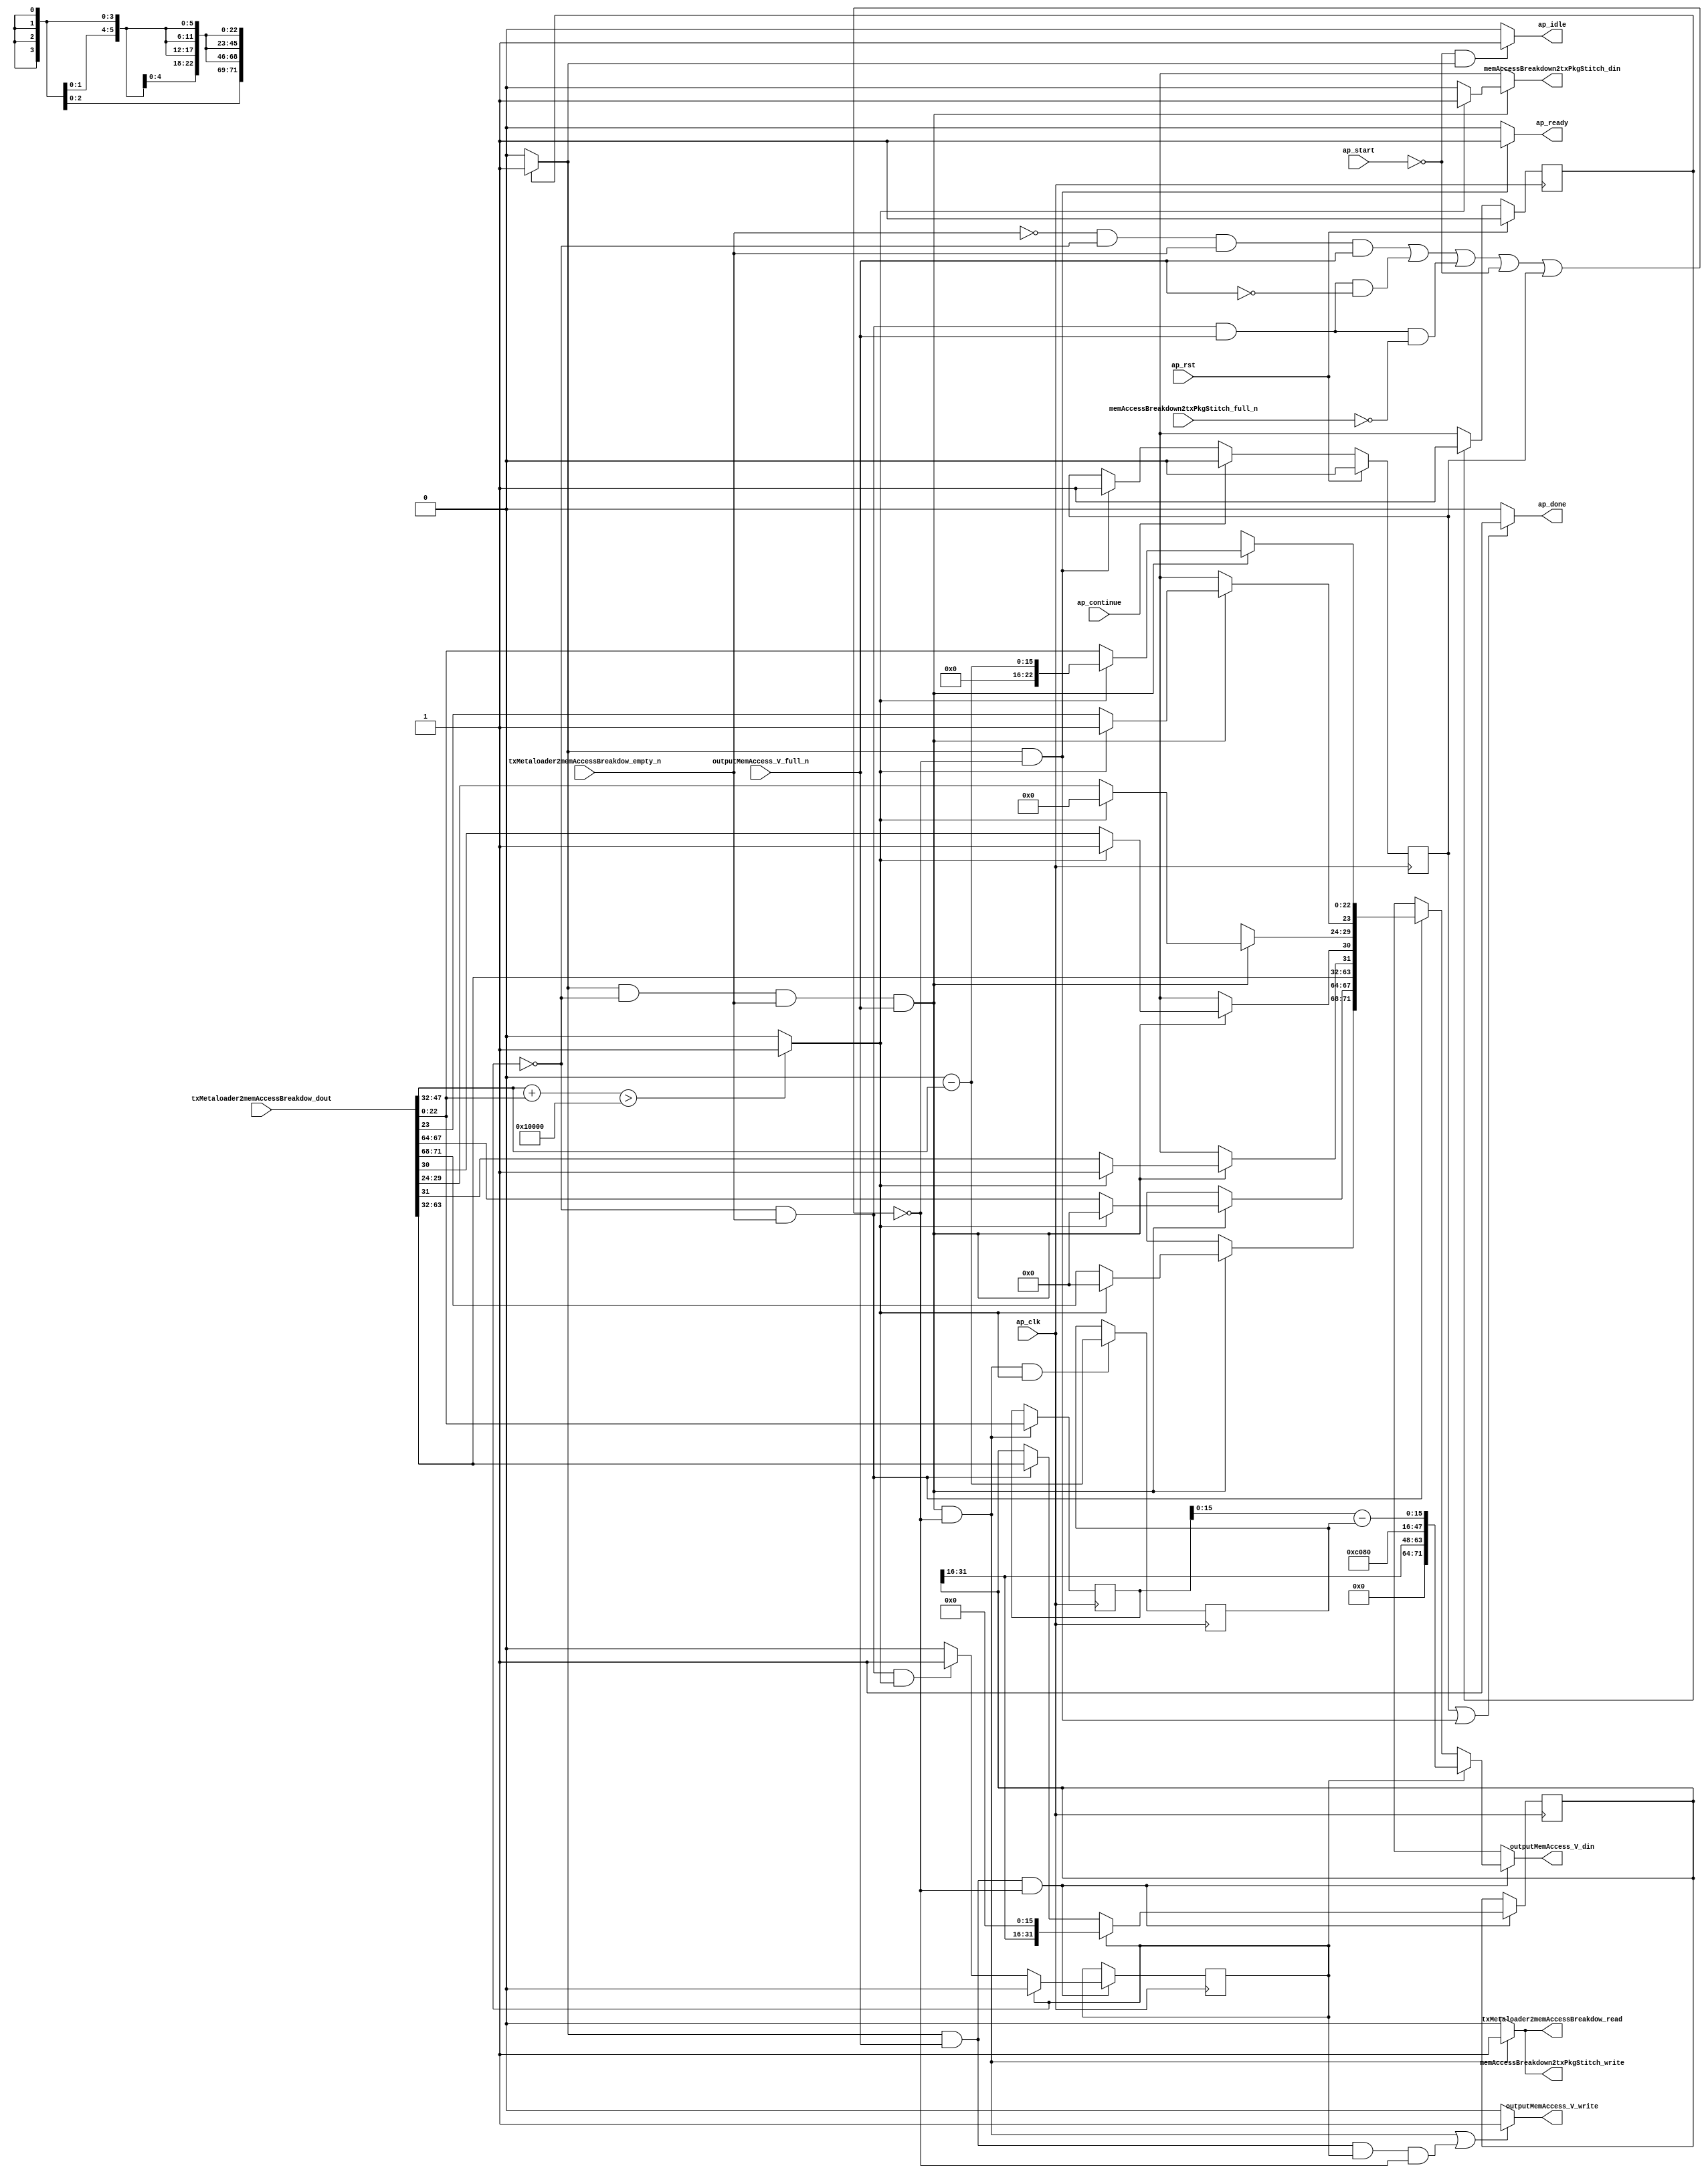
// ==============================================================
// RTL generated by Vivado(TM) HLS - High-Level Synthesis from C, C++ and SystemC
// Version: 2015.1
// Copyright (C) 2015 Xilinx Inc. All rights reserved.
// 
// ===========================================================

`timescale 1 ns / 1 ps 

module toe_txEngMemAccessBreakdown (
        ap_clk,
        ap_rst,
        ap_start,
        ap_done,
        ap_continue,
        ap_idle,
        ap_ready,
        outputMemAccess_V_din,
        outputMemAccess_V_full_n,
        outputMemAccess_V_write,
        txMetaloader2memAccessBreakdow_dout,
        txMetaloader2memAccessBreakdow_empty_n,
        txMetaloader2memAccessBreakdow_read,
        memAccessBreakdown2txPkgStitch_din,
        memAccessBreakdown2txPkgStitch_full_n,
        memAccessBreakdown2txPkgStitch_write
);

parameter    ap_const_logic_1 = 1'b1;
parameter    ap_const_logic_0 = 1'b0;
parameter    ap_ST_st1_fsm_0 = 1'b1;
parameter    ap_const_lv32_0 = 32'b00000000000000000000000000000000;
parameter    ap_const_lv1_1 = 1'b1;
parameter    ap_const_lv1_0 = 1'b0;
parameter    ap_const_lv16_0 = 16'b0000000000000000;
parameter    ap_const_lv4_0 = 4'b0000;
parameter    ap_const_lv6_0 = 6'b000000;
parameter    ap_const_lv32_17 = 32'b10111;
parameter    ap_const_lv32_18 = 32'b11000;
parameter    ap_const_lv32_1D = 32'b11101;
parameter    ap_const_lv32_1E = 32'b11110;
parameter    ap_const_lv32_1F = 32'b11111;
parameter    ap_const_lv32_20 = 32'b100000;
parameter    ap_const_lv32_3F = 32'b111111;
parameter    ap_const_lv32_40 = 32'b1000000;
parameter    ap_const_lv32_43 = 32'b1000011;
parameter    ap_const_lv32_44 = 32'b1000100;
parameter    ap_const_lv32_47 = 32'b1000111;
parameter    ap_const_lv32_2F = 32'b101111;
parameter    ap_const_lv24_10000 = 24'b10000000000000000;
parameter    ap_const_lv16_1 = 16'b1;
parameter    ap_const_lv32_F = 32'b1111;
parameter    ap_const_lv8_0 = 8'b00000000;
parameter    ap_const_lv9_181 = 9'b110000001;
parameter    ap_true = 1'b1;

input   ap_clk;
input   ap_rst;
input   ap_start;
output   ap_done;
input   ap_continue;
output   ap_idle;
output   ap_ready;
output  [71:0] outputMemAccess_V_din;
input   outputMemAccess_V_full_n;
output   outputMemAccess_V_write;
input  [71:0] txMetaloader2memAccessBreakdow_dout;
input   txMetaloader2memAccessBreakdow_empty_n;
output   txMetaloader2memAccessBreakdow_read;
output  [0:0] memAccessBreakdown2txPkgStitch_din;
input   memAccessBreakdown2txPkgStitch_full_n;
output   memAccessBreakdown2txPkgStitch_write;

reg ap_done;
reg ap_idle;
reg ap_ready;
reg[71:0] outputMemAccess_V_din;
reg outputMemAccess_V_write;
reg txMetaloader2memAccessBreakdow_read;
reg memAccessBreakdown2txPkgStitch_write;
reg    ap_done_reg = 1'b0;
(* fsm_encoding = "none" *) reg   [0:0] ap_CS_fsm = 1'b1;
reg    ap_sig_cseq_ST_st1_fsm_0;
reg    ap_sig_bdd_20;
reg   [0:0] txEngBreakdown = 1'b0;
reg   [22:0] txEngTempCmd_bbt_V = 23'b00000000000000000000000;
reg   [31:0] txEngTempCmd_saddr_V = 32'b00000000000000000000000000000000;
reg   [15:0] txEngBreakTemp = 16'b0000000000000000;
reg   [15:0] txPktCounter = 16'b0000000000000000;
reg   [0:0] tmp_V_phi_fu_213_p4;
wire   [0:0] tmp_nbreadreq_fu_174_p3;
wire   [0:0] grp_nbwritereq_fu_182_p3;
reg    ap_sig_bdd_75;
wire   [0:0] tmp_207_fu_407_p2;
reg   [3:0] tmp_rsvd_V_phi_fu_225_p4;
reg   [3:0] tmp_tag_V_phi_fu_235_p4;
reg   [0:0] tmp_drr_V_phi_fu_245_p4;
reg   [0:0] tmp_eof_V_phi_fu_255_p4;
reg   [5:0] tmp_dsa_V_phi_fu_265_p4;
reg   [0:0] tmp_type_V_phi_fu_275_p4;
wire   [22:0] tmp_896_fu_296_p1;
reg   [22:0] tmp_bbt_V_6_phi_fu_285_p4;
wire   [22:0] tmp_209_fu_425_p1;
wire   [71:0] tmp_1_fu_436_p9;
wire   [71:0] tmp_2_fu_517_p5;
wire   [31:0] p_Val2_60_fu_345_p4;
wire   [31:0] p_Result_s_265_fu_477_p5;
wire   [15:0] val_assign_fu_413_p2;
wire   [15:0] tmp_217_fu_461_p2;
wire   [15:0] p_Result_s_fu_383_p4;
wire   [23:0] lhs_V_cast_fu_393_p1;
wire   [23:0] rhs_V_cast_fu_397_p1;
wire   [23:0] r_V_fu_401_p2;
wire   [15:0] tmp_895_fu_503_p1;
wire   [15:0] tmp_204_fu_507_p2;
wire   [22:0] tmp_bbt_V_fu_513_p1;
reg   [0:0] ap_NS_fsm;
reg    ap_sig_bdd_56;
reg    ap_sig_bdd_255;
reg    ap_sig_bdd_137;
reg    ap_sig_bdd_261;




/// the current state (ap_CS_fsm) of the state machine. ///
always @ (posedge ap_clk)
begin : ap_ret_ap_CS_fsm
    if (ap_rst == 1'b1) begin
        ap_CS_fsm <= ap_ST_st1_fsm_0;
    end else begin
        ap_CS_fsm <= ap_NS_fsm;
    end
end

/// ap_done_reg assign process. ///
always @ (posedge ap_clk)
begin : ap_ret_ap_done_reg
    if (ap_rst == 1'b1) begin
        ap_done_reg <= ap_const_logic_0;
    end else begin
        if ((ap_const_logic_1 == ap_continue)) begin
            ap_done_reg <= ap_const_logic_0;
        end else if (((ap_const_logic_1 == ap_sig_cseq_ST_st1_fsm_0) & ~ap_sig_bdd_75)) begin
            ap_done_reg <= ap_const_logic_1;
        end
    end
end

/// assign process. ///
always @(posedge ap_clk)
begin
    if (ap_sig_bdd_255) begin
        if (~(ap_const_lv1_0 == txEngBreakdown)) begin
            txEngBreakdown <= ap_const_lv1_0;
        end else if (ap_sig_bdd_261) begin
            txEngBreakdown <= ap_const_lv1_1;
        end
    end
end

/// assign process. ///
always @(posedge ap_clk)
begin
    if (ap_sig_bdd_255) begin
        if (~(ap_const_lv1_0 == txEngBreakdown)) begin
            txEngTempCmd_saddr_V <= p_Result_s_265_fu_477_p5;
        end else if (ap_sig_bdd_56) begin
            txEngTempCmd_saddr_V <= {{txMetaloader2memAccessBreakdow_dout[ap_const_lv32_3F : ap_const_lv32_20]}};
        end
    end
end

/// assign process. ///
always @(posedge ap_clk)
begin
    if (((ap_const_logic_1 == ap_sig_cseq_ST_st1_fsm_0) & (ap_const_lv1_0 == txEngBreakdown) & ~(ap_const_lv1_0 == tmp_nbreadreq_fu_174_p3) & ~(ap_const_lv1_0 == grp_nbwritereq_fu_182_p3) & ~ap_sig_bdd_75 & ~(ap_const_lv1_0 == tmp_207_fu_407_p2))) begin
        txEngBreakTemp <= val_assign_fu_413_p2;
    end
end

/// assign process. ///
always @(posedge ap_clk)
begin
    if (((ap_const_logic_1 == ap_sig_cseq_ST_st1_fsm_0) & (ap_const_lv1_0 == txEngBreakdown) & ~(ap_const_lv1_0 == tmp_nbreadreq_fu_174_p3) & ~(ap_const_lv1_0 == grp_nbwritereq_fu_182_p3) & ~ap_sig_bdd_75)) begin
        txEngTempCmd_bbt_V <= tmp_896_fu_296_p1;
        txPktCounter <= tmp_217_fu_461_p2;
    end
end

/// ap_done assign process. ///
always @ (ap_done_reg or ap_sig_cseq_ST_st1_fsm_0 or ap_sig_bdd_75)
begin
    if (((ap_const_logic_1 == ap_done_reg) | ((ap_const_logic_1 == ap_sig_cseq_ST_st1_fsm_0) & ~ap_sig_bdd_75))) begin
        ap_done = ap_const_logic_1;
    end else begin
        ap_done = ap_const_logic_0;
    end
end

/// ap_idle assign process. ///
always @ (ap_start or ap_sig_cseq_ST_st1_fsm_0)
begin
    if ((~(ap_const_logic_1 == ap_start) & (ap_const_logic_1 == ap_sig_cseq_ST_st1_fsm_0))) begin
        ap_idle = ap_const_logic_1;
    end else begin
        ap_idle = ap_const_logic_0;
    end
end

/// ap_ready assign process. ///
always @ (ap_sig_cseq_ST_st1_fsm_0 or ap_sig_bdd_75)
begin
    if (((ap_const_logic_1 == ap_sig_cseq_ST_st1_fsm_0) & ~ap_sig_bdd_75)) begin
        ap_ready = ap_const_logic_1;
    end else begin
        ap_ready = ap_const_logic_0;
    end
end

/// ap_sig_cseq_ST_st1_fsm_0 assign process. ///
always @ (ap_sig_bdd_20)
begin
    if (ap_sig_bdd_20) begin
        ap_sig_cseq_ST_st1_fsm_0 = ap_const_logic_1;
    end else begin
        ap_sig_cseq_ST_st1_fsm_0 = ap_const_logic_0;
    end
end

/// memAccessBreakdown2txPkgStitch_write assign process. ///
always @ (ap_sig_cseq_ST_st1_fsm_0 or txEngBreakdown or tmp_nbreadreq_fu_174_p3 or grp_nbwritereq_fu_182_p3 or ap_sig_bdd_75)
begin
    if (((ap_const_logic_1 == ap_sig_cseq_ST_st1_fsm_0) & (ap_const_lv1_0 == txEngBreakdown) & ~(ap_const_lv1_0 == tmp_nbreadreq_fu_174_p3) & ~(ap_const_lv1_0 == grp_nbwritereq_fu_182_p3) & ~ap_sig_bdd_75)) begin
        memAccessBreakdown2txPkgStitch_write = ap_const_logic_1;
    end else begin
        memAccessBreakdown2txPkgStitch_write = ap_const_logic_0;
    end
end

/// outputMemAccess_V_din assign process. ///
always @ (txEngBreakdown or tmp_1_fu_436_p9 or tmp_2_fu_517_p5 or ap_sig_bdd_56 or ap_sig_bdd_255)
begin
    if (ap_sig_bdd_255) begin
        if (~(ap_const_lv1_0 == txEngBreakdown)) begin
            outputMemAccess_V_din = tmp_2_fu_517_p5;
        end else if (ap_sig_bdd_56) begin
            outputMemAccess_V_din = tmp_1_fu_436_p9;
        end else begin
            outputMemAccess_V_din = 'bx;
        end
    end else begin
        outputMemAccess_V_din = 'bx;
    end
end

/// outputMemAccess_V_write assign process. ///
always @ (ap_sig_cseq_ST_st1_fsm_0 or txEngBreakdown or tmp_nbreadreq_fu_174_p3 or grp_nbwritereq_fu_182_p3 or ap_sig_bdd_75)
begin
    if ((((ap_const_logic_1 == ap_sig_cseq_ST_st1_fsm_0) & (ap_const_lv1_0 == txEngBreakdown) & ~(ap_const_lv1_0 == tmp_nbreadreq_fu_174_p3) & ~(ap_const_lv1_0 == grp_nbwritereq_fu_182_p3) & ~ap_sig_bdd_75) | ((ap_const_logic_1 == ap_sig_cseq_ST_st1_fsm_0) & ~(ap_const_lv1_0 == grp_nbwritereq_fu_182_p3) & ~(ap_const_lv1_0 == txEngBreakdown) & ~ap_sig_bdd_75))) begin
        outputMemAccess_V_write = ap_const_logic_1;
    end else begin
        outputMemAccess_V_write = ap_const_logic_0;
    end
end

/// tmp_V_phi_fu_213_p4 assign process. ///
always @ (tmp_207_fu_407_p2 or ap_sig_bdd_137)
begin
    if (ap_sig_bdd_137) begin
        if (~(ap_const_lv1_0 == tmp_207_fu_407_p2)) begin
            tmp_V_phi_fu_213_p4 = ap_const_lv1_1;
        end else if ((ap_const_lv1_0 == tmp_207_fu_407_p2)) begin
            tmp_V_phi_fu_213_p4 = ap_const_lv1_0;
        end else begin
            tmp_V_phi_fu_213_p4 = 'bx;
        end
    end else begin
        tmp_V_phi_fu_213_p4 = 'bx;
    end
end

/// tmp_bbt_V_6_phi_fu_285_p4 assign process. ///
always @ (tmp_207_fu_407_p2 or tmp_896_fu_296_p1 or tmp_209_fu_425_p1 or ap_sig_bdd_137)
begin
    if (ap_sig_bdd_137) begin
        if (~(ap_const_lv1_0 == tmp_207_fu_407_p2)) begin
            tmp_bbt_V_6_phi_fu_285_p4 = tmp_209_fu_425_p1;
        end else if ((ap_const_lv1_0 == tmp_207_fu_407_p2)) begin
            tmp_bbt_V_6_phi_fu_285_p4 = tmp_896_fu_296_p1;
        end else begin
            tmp_bbt_V_6_phi_fu_285_p4 = 'bx;
        end
    end else begin
        tmp_bbt_V_6_phi_fu_285_p4 = 'bx;
    end
end

/// tmp_drr_V_phi_fu_245_p4 assign process. ///
always @ (txMetaloader2memAccessBreakdow_dout or tmp_207_fu_407_p2 or ap_sig_bdd_137)
begin
    if (ap_sig_bdd_137) begin
        if (~(ap_const_lv1_0 == tmp_207_fu_407_p2)) begin
            tmp_drr_V_phi_fu_245_p4 = ap_const_lv1_1;
        end else if ((ap_const_lv1_0 == tmp_207_fu_407_p2)) begin
            tmp_drr_V_phi_fu_245_p4 = txMetaloader2memAccessBreakdow_dout[ap_const_lv32_1F];
        end else begin
            tmp_drr_V_phi_fu_245_p4 = 'bx;
        end
    end else begin
        tmp_drr_V_phi_fu_245_p4 = 'bx;
    end
end

/// tmp_dsa_V_phi_fu_265_p4 assign process. ///
always @ (txMetaloader2memAccessBreakdow_dout or tmp_207_fu_407_p2 or ap_sig_bdd_137)
begin
    if (ap_sig_bdd_137) begin
        if (~(ap_const_lv1_0 == tmp_207_fu_407_p2)) begin
            tmp_dsa_V_phi_fu_265_p4 = ap_const_lv6_0;
        end else if ((ap_const_lv1_0 == tmp_207_fu_407_p2)) begin
            tmp_dsa_V_phi_fu_265_p4 = {{txMetaloader2memAccessBreakdow_dout[ap_const_lv32_1D : ap_const_lv32_18]}};
        end else begin
            tmp_dsa_V_phi_fu_265_p4 = 'bx;
        end
    end else begin
        tmp_dsa_V_phi_fu_265_p4 = 'bx;
    end
end

/// tmp_eof_V_phi_fu_255_p4 assign process. ///
always @ (txMetaloader2memAccessBreakdow_dout or tmp_207_fu_407_p2 or ap_sig_bdd_137)
begin
    if (ap_sig_bdd_137) begin
        if (~(ap_const_lv1_0 == tmp_207_fu_407_p2)) begin
            tmp_eof_V_phi_fu_255_p4 = ap_const_lv1_1;
        end else if ((ap_const_lv1_0 == tmp_207_fu_407_p2)) begin
            tmp_eof_V_phi_fu_255_p4 = txMetaloader2memAccessBreakdow_dout[ap_const_lv32_1E];
        end else begin
            tmp_eof_V_phi_fu_255_p4 = 'bx;
        end
    end else begin
        tmp_eof_V_phi_fu_255_p4 = 'bx;
    end
end

/// tmp_rsvd_V_phi_fu_225_p4 assign process. ///
always @ (txMetaloader2memAccessBreakdow_dout or tmp_207_fu_407_p2 or ap_sig_bdd_137)
begin
    if (ap_sig_bdd_137) begin
        if (~(ap_const_lv1_0 == tmp_207_fu_407_p2)) begin
            tmp_rsvd_V_phi_fu_225_p4 = ap_const_lv4_0;
        end else if ((ap_const_lv1_0 == tmp_207_fu_407_p2)) begin
            tmp_rsvd_V_phi_fu_225_p4 = {{txMetaloader2memAccessBreakdow_dout[ap_const_lv32_47 : ap_const_lv32_44]}};
        end else begin
            tmp_rsvd_V_phi_fu_225_p4 = 'bx;
        end
    end else begin
        tmp_rsvd_V_phi_fu_225_p4 = 'bx;
    end
end

/// tmp_tag_V_phi_fu_235_p4 assign process. ///
always @ (txMetaloader2memAccessBreakdow_dout or tmp_207_fu_407_p2 or ap_sig_bdd_137)
begin
    if (ap_sig_bdd_137) begin
        if (~(ap_const_lv1_0 == tmp_207_fu_407_p2)) begin
            tmp_tag_V_phi_fu_235_p4 = ap_const_lv4_0;
        end else if ((ap_const_lv1_0 == tmp_207_fu_407_p2)) begin
            tmp_tag_V_phi_fu_235_p4 = {{txMetaloader2memAccessBreakdow_dout[ap_const_lv32_43 : ap_const_lv32_40]}};
        end else begin
            tmp_tag_V_phi_fu_235_p4 = 'bx;
        end
    end else begin
        tmp_tag_V_phi_fu_235_p4 = 'bx;
    end
end

/// tmp_type_V_phi_fu_275_p4 assign process. ///
always @ (txMetaloader2memAccessBreakdow_dout or tmp_207_fu_407_p2 or ap_sig_bdd_137)
begin
    if (ap_sig_bdd_137) begin
        if (~(ap_const_lv1_0 == tmp_207_fu_407_p2)) begin
            tmp_type_V_phi_fu_275_p4 = ap_const_lv1_1;
        end else if ((ap_const_lv1_0 == tmp_207_fu_407_p2)) begin
            tmp_type_V_phi_fu_275_p4 = txMetaloader2memAccessBreakdow_dout[ap_const_lv32_17];
        end else begin
            tmp_type_V_phi_fu_275_p4 = 'bx;
        end
    end else begin
        tmp_type_V_phi_fu_275_p4 = 'bx;
    end
end

/// txMetaloader2memAccessBreakdow_read assign process. ///
always @ (ap_sig_cseq_ST_st1_fsm_0 or txEngBreakdown or tmp_nbreadreq_fu_174_p3 or grp_nbwritereq_fu_182_p3 or ap_sig_bdd_75)
begin
    if (((ap_const_logic_1 == ap_sig_cseq_ST_st1_fsm_0) & (ap_const_lv1_0 == txEngBreakdown) & ~(ap_const_lv1_0 == tmp_nbreadreq_fu_174_p3) & ~(ap_const_lv1_0 == grp_nbwritereq_fu_182_p3) & ~ap_sig_bdd_75)) begin
        txMetaloader2memAccessBreakdow_read = ap_const_logic_1;
    end else begin
        txMetaloader2memAccessBreakdow_read = ap_const_logic_0;
    end
end
/// the next state (ap_NS_fsm) of the state machine. ///
always @ (ap_CS_fsm or ap_sig_bdd_75)
begin
    case (ap_CS_fsm)
        ap_ST_st1_fsm_0 : 
        begin
            ap_NS_fsm = ap_ST_st1_fsm_0;
        end
        default : 
        begin
            ap_NS_fsm = 'bx;
        end
    endcase
end


/// ap_sig_bdd_137 assign process. ///
always @ (ap_sig_cseq_ST_st1_fsm_0 or txEngBreakdown or tmp_nbreadreq_fu_174_p3 or grp_nbwritereq_fu_182_p3)
begin
    ap_sig_bdd_137 = ((ap_const_logic_1 == ap_sig_cseq_ST_st1_fsm_0) & (ap_const_lv1_0 == txEngBreakdown) & ~(ap_const_lv1_0 == tmp_nbreadreq_fu_174_p3) & ~(ap_const_lv1_0 == grp_nbwritereq_fu_182_p3));
end

/// ap_sig_bdd_20 assign process. ///
always @ (ap_CS_fsm)
begin
    ap_sig_bdd_20 = (ap_CS_fsm[ap_const_lv32_0] == ap_const_lv1_1);
end

/// ap_sig_bdd_255 assign process. ///
always @ (ap_sig_cseq_ST_st1_fsm_0 or grp_nbwritereq_fu_182_p3 or ap_sig_bdd_75)
begin
    ap_sig_bdd_255 = ((ap_const_logic_1 == ap_sig_cseq_ST_st1_fsm_0) & ~(ap_const_lv1_0 == grp_nbwritereq_fu_182_p3) & ~ap_sig_bdd_75);
end

/// ap_sig_bdd_261 assign process. ///
always @ (txEngBreakdown or tmp_nbreadreq_fu_174_p3 or tmp_207_fu_407_p2)
begin
    ap_sig_bdd_261 = ((ap_const_lv1_0 == txEngBreakdown) & ~(ap_const_lv1_0 == tmp_nbreadreq_fu_174_p3) & ~(ap_const_lv1_0 == tmp_207_fu_407_p2));
end

/// ap_sig_bdd_56 assign process. ///
always @ (txEngBreakdown or tmp_nbreadreq_fu_174_p3)
begin
    ap_sig_bdd_56 = ((ap_const_lv1_0 == txEngBreakdown) & ~(ap_const_lv1_0 == tmp_nbreadreq_fu_174_p3));
end

/// ap_sig_bdd_75 assign process. ///
always @ (ap_start or ap_done_reg or outputMemAccess_V_full_n or txEngBreakdown or txMetaloader2memAccessBreakdow_empty_n or memAccessBreakdown2txPkgStitch_full_n or tmp_nbreadreq_fu_174_p3 or grp_nbwritereq_fu_182_p3)
begin
    ap_sig_bdd_75 = (((txMetaloader2memAccessBreakdow_empty_n == ap_const_logic_0) & (ap_const_lv1_0 == txEngBreakdown) & ~(ap_const_lv1_0 == tmp_nbreadreq_fu_174_p3) & ~(ap_const_lv1_0 == grp_nbwritereq_fu_182_p3)) | ((ap_const_lv1_0 == txEngBreakdown) & ~(ap_const_lv1_0 == tmp_nbreadreq_fu_174_p3) & ~(ap_const_lv1_0 == grp_nbwritereq_fu_182_p3) & (outputMemAccess_V_full_n == ap_const_logic_0)) | ((ap_const_lv1_0 == txEngBreakdown) & ~(ap_const_lv1_0 == tmp_nbreadreq_fu_174_p3) & ~(ap_const_lv1_0 == grp_nbwritereq_fu_182_p3) & (memAccessBreakdown2txPkgStitch_full_n == ap_const_logic_0)) | (~(ap_const_lv1_0 == grp_nbwritereq_fu_182_p3) & (outputMemAccess_V_full_n == ap_const_logic_0) & ~(ap_const_lv1_0 == txEngBreakdown)) | (ap_start == ap_const_logic_0) | (ap_done_reg == ap_const_logic_1));
end
assign grp_nbwritereq_fu_182_p3 = outputMemAccess_V_full_n;
assign lhs_V_cast_fu_393_p1 = p_Result_s_fu_383_p4;
assign memAccessBreakdown2txPkgStitch_din = tmp_V_phi_fu_213_p4;
assign p_Result_s_265_fu_477_p5 = {{txEngTempCmd_saddr_V[32'd31 : 32'd16]}, {ap_const_lv16_0}};
assign p_Result_s_fu_383_p4 = {{txMetaloader2memAccessBreakdow_dout[ap_const_lv32_2F : ap_const_lv32_20]}};
assign p_Val2_60_fu_345_p4 = {{txMetaloader2memAccessBreakdow_dout[ap_const_lv32_3F : ap_const_lv32_20]}};
assign r_V_fu_401_p2 = (lhs_V_cast_fu_393_p1 + rhs_V_cast_fu_397_p1);
assign rhs_V_cast_fu_397_p1 = tmp_896_fu_296_p1;
assign tmp_1_fu_436_p9 = {{{{{{{{tmp_rsvd_V_phi_fu_225_p4}, {tmp_tag_V_phi_fu_235_p4}}, {p_Val2_60_fu_345_p4}}, {tmp_drr_V_phi_fu_245_p4}}, {tmp_eof_V_phi_fu_255_p4}}, {tmp_dsa_V_phi_fu_265_p4}}, {tmp_type_V_phi_fu_275_p4}}, {tmp_bbt_V_6_phi_fu_285_p4}};
assign tmp_204_fu_507_p2 = (tmp_895_fu_503_p1 - txEngBreakTemp);
assign tmp_207_fu_407_p2 = (r_V_fu_401_p2 > ap_const_lv24_10000? 1'b1: 1'b0);
assign tmp_209_fu_425_p1 = val_assign_fu_413_p2;
assign tmp_217_fu_461_p2 = (txPktCounter + ap_const_lv16_1);
assign tmp_2_fu_517_p5 = {{{{{{ap_const_lv8_0}, {p_Result_s_265_fu_477_p5}}}, {ap_const_lv9_181}}}, {tmp_bbt_V_fu_513_p1}};
assign tmp_895_fu_503_p1 = txEngTempCmd_bbt_V[15:0];
assign tmp_896_fu_296_p1 = txMetaloader2memAccessBreakdow_dout[22:0];
assign tmp_bbt_V_fu_513_p1 = tmp_204_fu_507_p2;
assign tmp_nbreadreq_fu_174_p3 = txMetaloader2memAccessBreakdow_empty_n;
assign val_assign_fu_413_p2 = (ap_const_lv16_0 - p_Result_s_fu_383_p4);


endmodule //toe_txEngMemAccessBreakdown